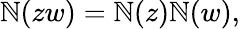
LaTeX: \mathbb{N}(zw)=\mathbb{N}(z)\mathbb{N}(w),